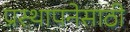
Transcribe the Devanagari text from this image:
प्रस्थापनेसाठी